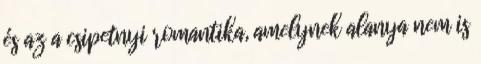
és az a csipetnyi romantika, amelynek alanya nem is